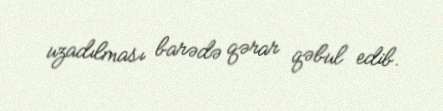
uzadılması barədə qərar qəbul edib.